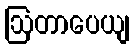
ဩတာပေယျ